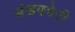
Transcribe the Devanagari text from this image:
मंडपमेरी